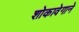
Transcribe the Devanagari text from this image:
शोकावेगाने